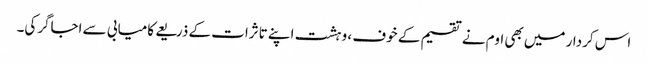
اس کردار میں بھی اوم نے تقسیم کے خوف ، وہشت اپنے تاثرات کے ذریعے کامیابی سے اجاگرکی۔